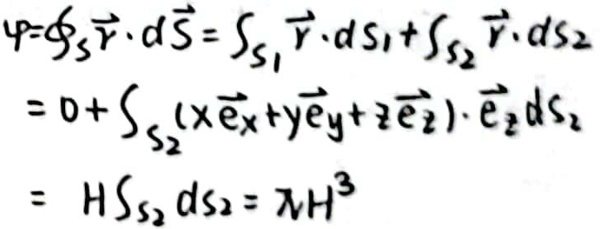
\(\begin{align*}
\varphi&=\int_{S_3}\vec{r}\cdot d\vec{S}=\int_{S_1}\vec{r}\cdot d\vec{S}_1+\int_{S_2}\vec{r}\cdot d\vec{S}_2\\
&=0+\int_{S_2}(x\vec{e}_x + y\vec{e}_y + z\vec{e}_z)\cdot\vec{e}_z dS_2\\
&=\int_{S_2}HdS_2=\lambda H^3
\end{align*}\)